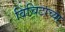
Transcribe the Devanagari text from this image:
विचिटाच्या